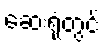
ဆေးရုံတွင်